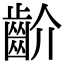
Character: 齘